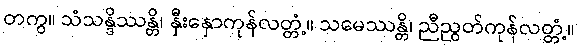
တကွ။ သံသန္ဒိဿန္တိ၊ နှီးနှောကုန်လတ္တံ့။ သမေဿန္တိ၊ ညီညွတ်ကုန်လတ္တံ့။